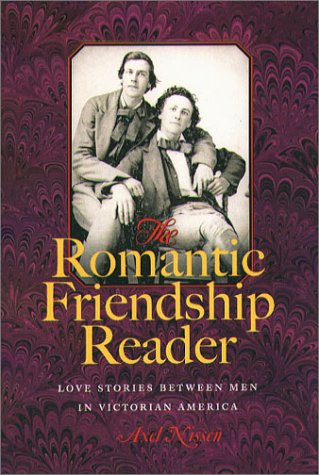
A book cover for The Romantic Friendship Reader: Love Stories Between Men in Victorian America; Romance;